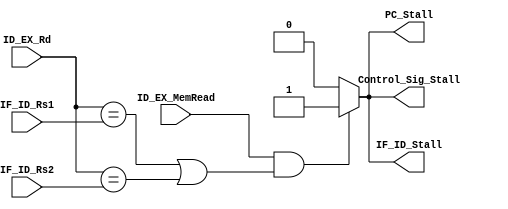
module Hazard_Detection_unit(ID_EX_MemRead,IF_ID_Rs1,IF_ID_Rs2,ID_EX_Rd,
					PC_Stall,IF_ID_Stall,Control_Sig_Stall);
														 
    input ID_EX_MemRead;
    input [4:0] IF_ID_Rs1;
    input [4:0] IF_ID_Rs2;
    input [4:0] ID_EX_Rd;
    output reg PC_Stall;
    output reg IF_ID_Stall;
    output reg Control_Sig_Stall;
    
    
    initial begin
     PC_Stall = 0;
     IF_ID_Stall = 0;
     Control_Sig_Stall = 0;
        end
        
    always @(*) begin
        PC_Stall = 1'b0;
        IF_ID_Stall = 1'b0;
        Control_Sig_Stall = 1'b0;
        
        // Hazard detection condition
        if ((ID_EX_MemRead && ((ID_EX_Rd == IF_ID_Rs1) ||(ID_EX_Rd == IF_ID_Rs2)))) begin
            PC_Stall = 1'b1;
            IF_ID_Stall = 1'b1;
            Control_Sig_Stall = 1'b1;
        end
    end

endmodule